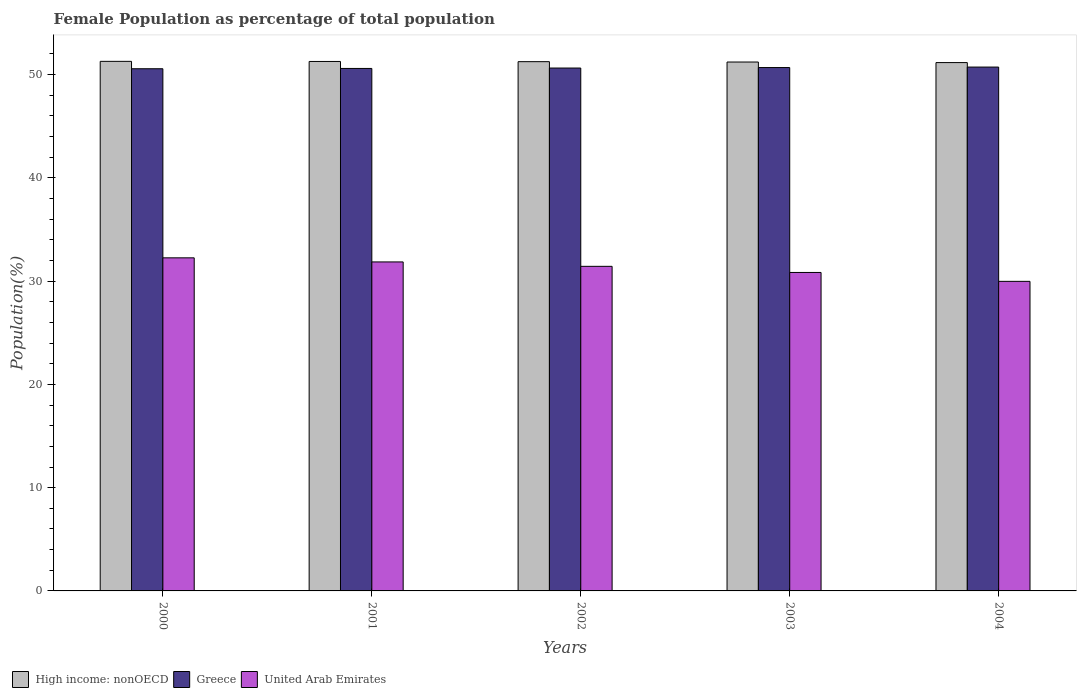
| Years | High income: nonOECD | Greece | United Arab Emirates |
 | --- | --- | --- | --- |
 | 2000 | 51.3 | 50.6 | 32.3 |
 | 2001 | 51.3 | 50.6 | 31.9 |
 | 2002 | 51.3 | 50.6 | 31.4 |
 | 2003 | 51.2 | 50.7 | 30.8 |
 | 2004 | 51.2 | 50.7 | 30 |